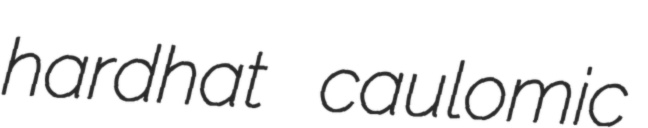
hardhat caulomic